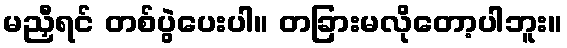
မညှီရင် တစ်ပွဲပေးပါ။ တခြားမလိုတော့ပါဘူး။